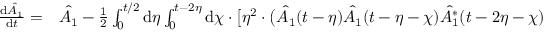
\begin{array} { r l } { \frac { \mathrm { d } \hat { A _ { 1 } } } { \mathrm { d } t } = } & { { } \hat { A _ { 1 } } - \frac { 1 } { 2 } \int _ { 0 } ^ { t / 2 } \mathrm { d } \eta \int _ { 0 } ^ { t - 2 \eta } \mathrm { d } \chi \cdot \bigl [ \eta ^ { 2 } \cdot \bigl ( \hat { A _ { 1 } } ( t - \eta ) \hat { A _ { 1 } } ( t - \eta - \chi ) \hat { A _ { 1 } ^ { * } } ( t - 2 \eta - \chi ) } \end{array}